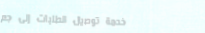
خدمة توصيل الطلبات إلى جم